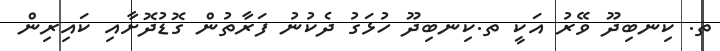
ތ. ކިނބިދޫ ވޭރު އަކީ ތ.ކިނބިދޫ ހުޅަގު ދެކުނު ފަރާތުން ގޮޑުދޮށާއި ކައިރިން